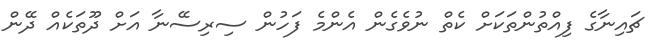
ޗައިނާގެ ފިއްތުންތަކަށް ކެތް ނުވެގެން އެންމެ ފަހުން ސިރިސޭނާ އަށް ދޫތަކެއް ދޭން